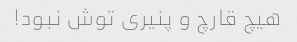
هیچ قارچ و پنیری توش نبود!